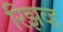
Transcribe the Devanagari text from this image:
रिझव्ह